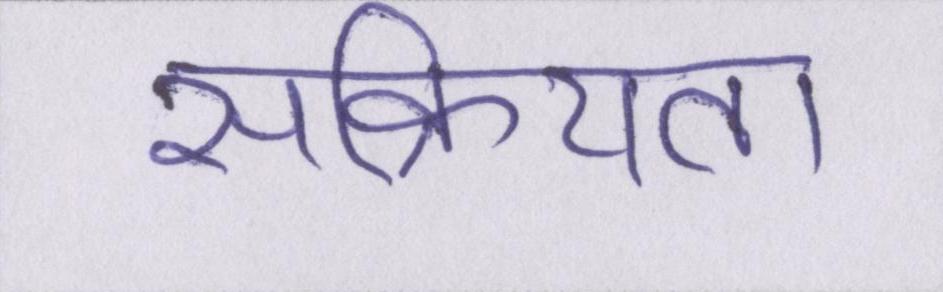
सक्रियता